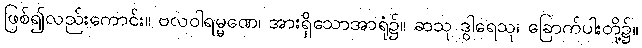
ဖြစ်၍လည်းကောင်း။ ဗလဝါရမ္မဏေ၊ အားရှိသောအာရုံ၌။ ဆသု ဒွါရေသု၊ ခြောက်ပါးတို့၌။